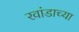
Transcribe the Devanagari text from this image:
रवांडाच्‍या